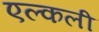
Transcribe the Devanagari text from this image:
एल्कली